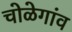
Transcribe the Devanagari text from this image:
चोळेगांव